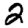
Digit: 2